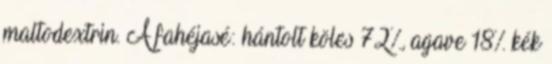
maltodextrin. A fahéjasé: hántolt köles 72%, agave 18% kék